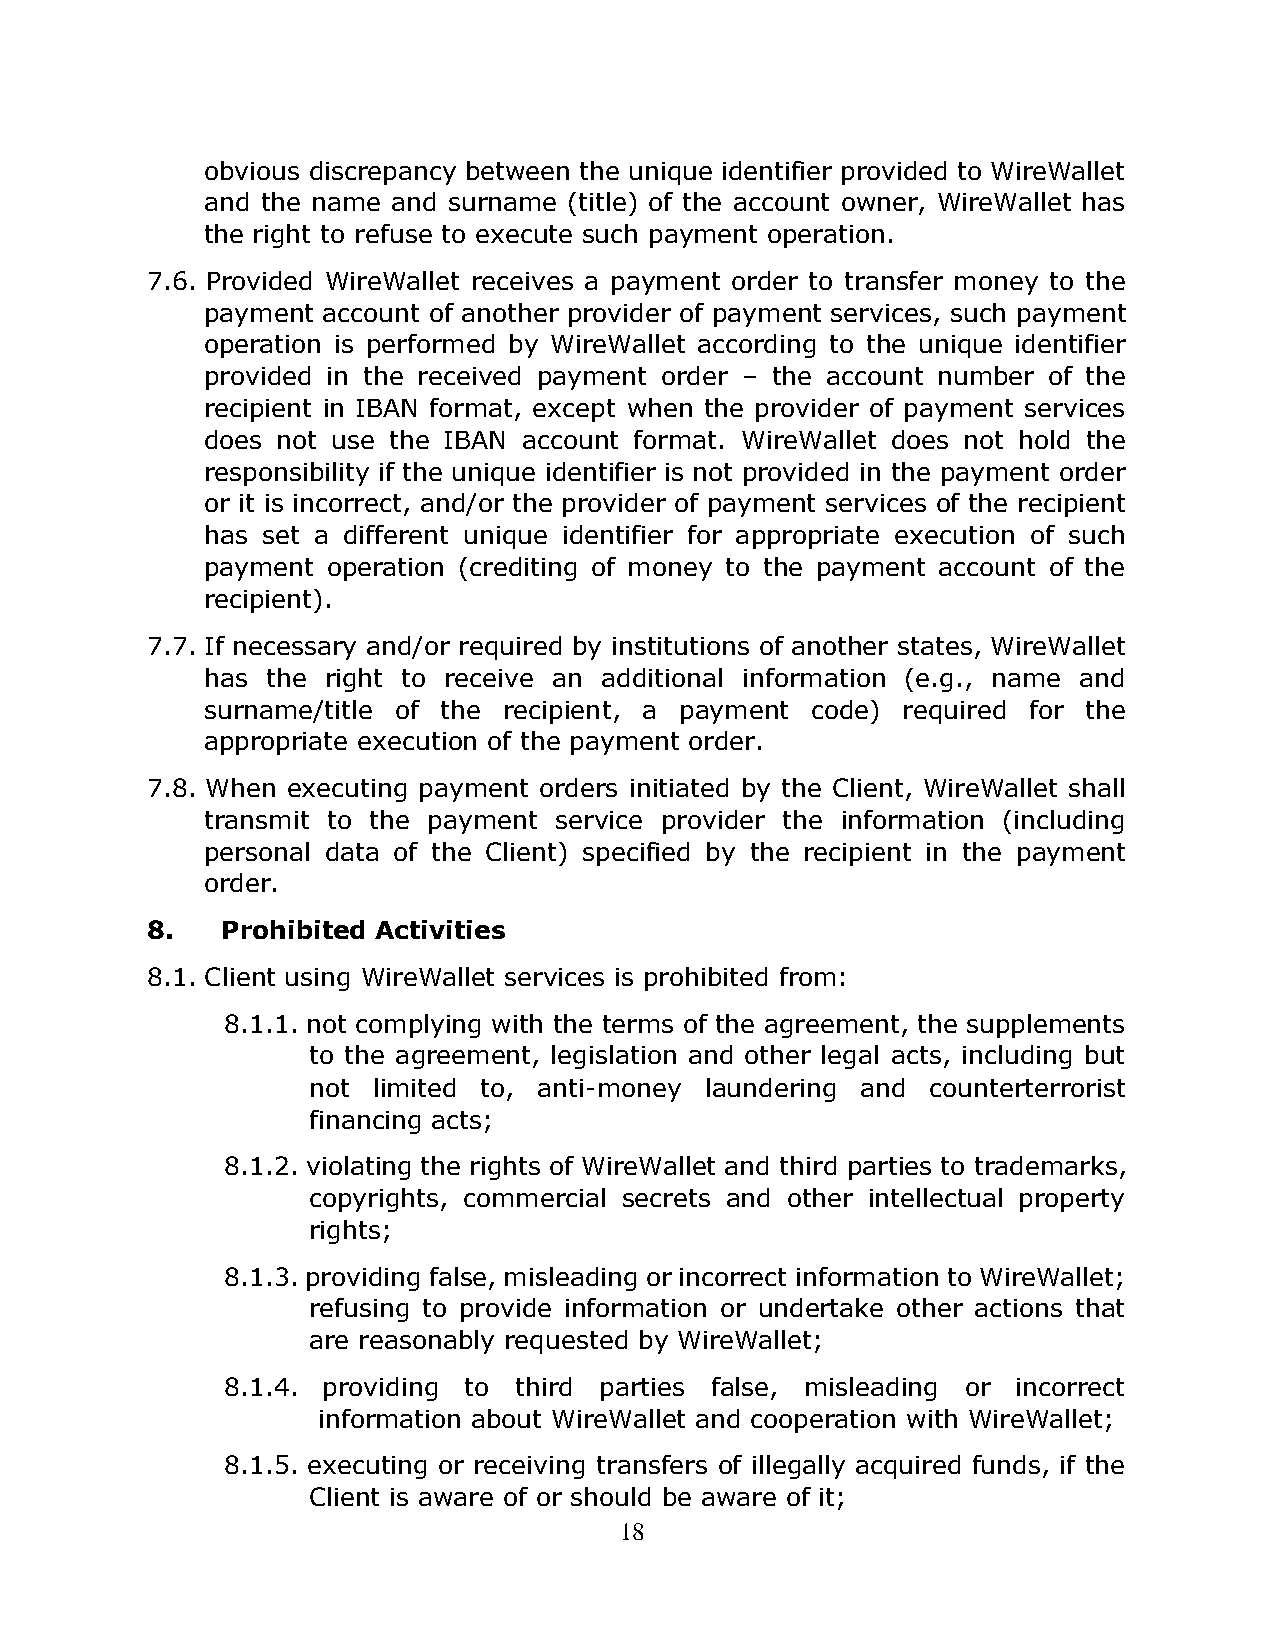
obvious discrepancy between the unique identifier provided to WireWallet
 and the name and surname (title) of the account owner, WireWallet has
 the right to refuse to execute such payment operation.
 7.6. Provided WireWallet receives a payment order to transfer money to the
 payment account of another provider of payment services, such payment
 operation is performed by WireWallet according to the unique identifier
 provided in the received payment order – the account number of the
 recipient in IBAN format, except when the provider of payment services
 does not use the IBAN account format. WireWallet does not hold the
 responsibility if the unique identifier is not provided in the payment order
 or it is incorrect, and/or the provider of payment services of the recipient
 has set a different unique identifier for appropriate execution of such
 payment  operation (crediting of money to the payment account of the
 recipient).
 7.7. If necessary and/or required by institutions of another states, WireWallet
 has  the right to receive an additional information (e.g., name and
 surname/title of the recipient, a payment code) required for the
 appropriate execution of the payment order.
 7.8. When executing payment orders initiated by the Client, WireWallet shall
 transmit to the payment service provider the information (including
 personal data of the Client) specified by the recipient in the payment
 order.
 8.   Prohibited Activities
 8.1. Client using WireWallet services is prohibited from:
 8.1.1. not complying with the terms of the agreement, the supplements
 to the agreement, legislation and other legal acts, including but
 not  limited to, anti-money laundering and counterterrorist
 financing acts;
 8.1.2. violating the rights of WireWallet and third parties to trademarks,
 copyrights, commercial secrets and other intellectual property
 rights;
 8.1.3. providing false, misleading or incorrect information to WireWallet;
 refusing to provide information or undertake other actions that
 are reasonably requested by WireWallet;
 8.1.4. providing to third parties false, misleading or incorrect
 information about WireWallet and cooperation with WireWallet;
 8.1.5. executing or receiving transfers of illegally acquired funds, if the
 Client is aware of or should be aware of it;
 18